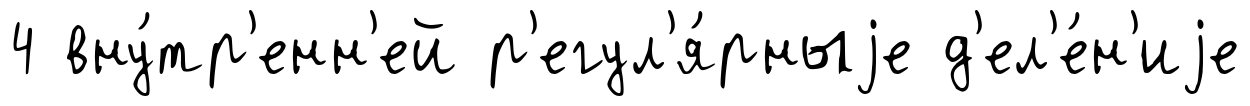
4 вну́тр'енн'ей р'егул'я́рныjе д'ел'е́н'иjе